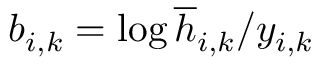
b _ { i , k } = \log \overline { { h } } _ { i , k } / y _ { i , k }